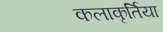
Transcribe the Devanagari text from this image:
कलाकृर्तिया